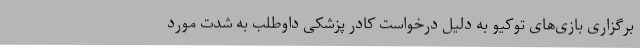
برگزاری بازی‌های توکیو به دلیل درخواست کادر پزشکی داوطلب به شدت مورد